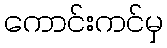
ကောင်းကင်မှ